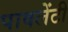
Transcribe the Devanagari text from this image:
पावलेंटी